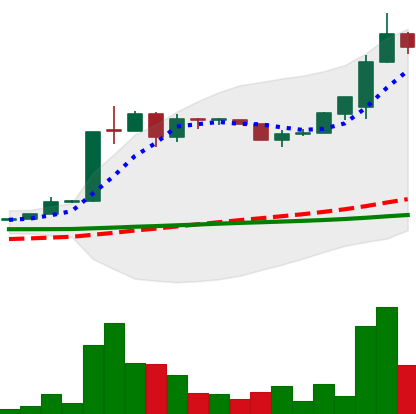
Ticker: LTC-USD
Chart end date: 2015-07-01
Forward return: 38.044%
Label: up_7plus